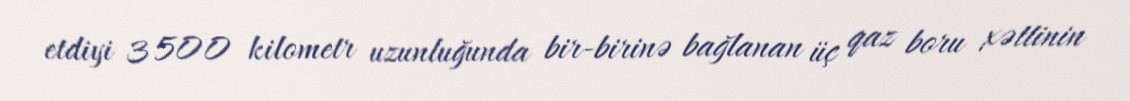
etdiyi 3 500 kilometr uzunluğunda bir-birinə bağlanan üç qaz boru xəttinin